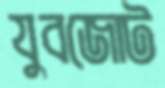
যুবজোট